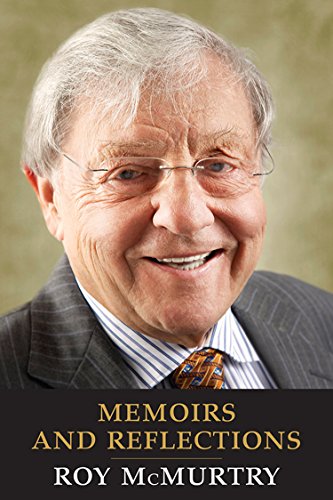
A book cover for Memoirs and Reflections (Osgoode Society for Canadian Legal History); Roy McMurtry; Biographies & Memoirs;